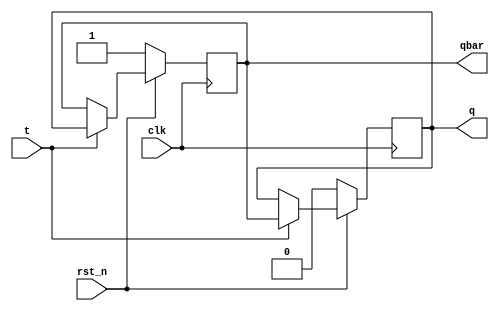
module tff_p(output reg q, qbar, input clk, rst_n, t);
    always @(posedge clk) begin
        if(~rst_n)
            {q, qbar} <= 2'b01;
        else
            if (t)
                {q, qbar} <= {qbar, q};
    end
endmodule